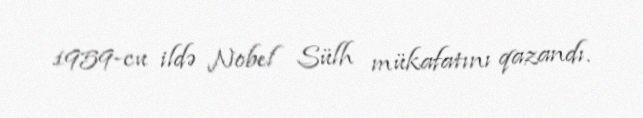
1959-cu ildə Nobel Sülh mükafatını qazandı.